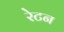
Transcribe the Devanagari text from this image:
रेटन